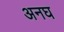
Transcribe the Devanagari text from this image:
अनघ